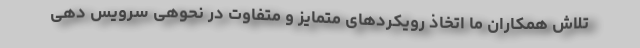
تلاش همکاران ما اتخاذ رویکردهای متمایز و متفاوت در نحوهی سرویس دهی